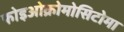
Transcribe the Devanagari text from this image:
फोइओक्रोमोसिटोमा